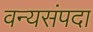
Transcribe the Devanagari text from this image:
वन्यसंपदा